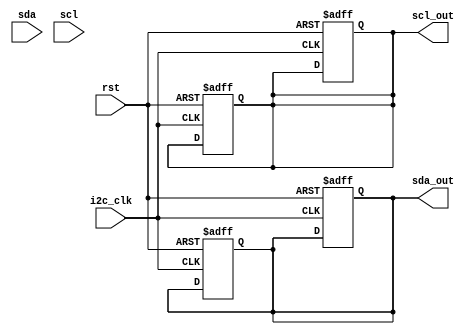
module i2c_controller (
    input wire i2c_clk,
    input wire rst,
    input wire sda,
    output reg sda_out,
    input wire scl,
    output reg scl_out
);

// Clock generation for I2C bus communication
always @ (posedge i2c_clk or posedge rst) begin
    if (rst) begin
        // Initialize clock signals
        sda_out <= 0;
        scl_out <= 0;
    end else begin
        // Generate clock signals for I2C communication
        // Insert clock generation logic here
    end
end

// Timing requirements for start and stop conditions
// Insert timing control logic here

// Data synchronization between master and slave devices
always @ (posedge i2c_clk or posedge rst) begin
    if (rst) begin
        // Reset synchronization logic
    end else begin
        // Handle data synchronization between master and slave devices
        // Insert synchronization logic here
    end
end

// Arbitration handling for multiple devices on the bus
// Insert arbitration logic here

// Control signal generation and handling
always @ (posedge i2c_clk or posedge rst) begin
    if (rst) begin
        // Reset control signals
        sda_out <= 0;
        scl_out <= 0;
    end else begin
        // Generate and handle control signals for I2C communication
        // Insert control signal logic here
    end
end

endmodule